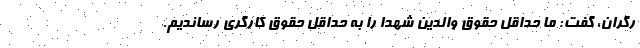
رگران، گفت: ما حداقل حقوق والدین شهدا را به حداقل حقوق کارگری رساندیم.